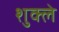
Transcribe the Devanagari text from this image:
शुक्ले